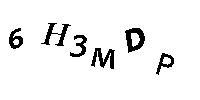
6H3MDP